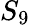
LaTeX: S_{9}